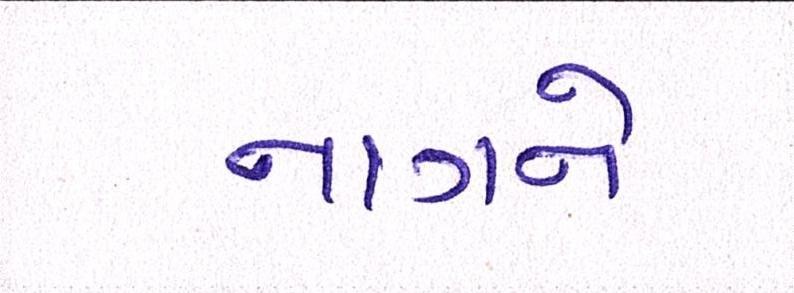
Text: નાગને